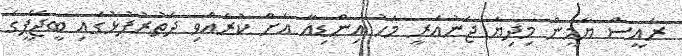
ރައީސް ޔާމީން މިދިޔަ ޖެނުއަރީ މަހު އިންޑިއާ އަށް ކުރެއްވި ދަތުރުފުޅުގައި ބީޖޭޕީގެ